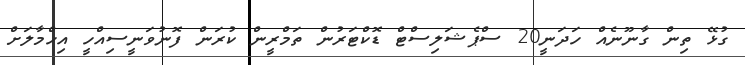
ގުޅޭ ތިން ގާނޫނެއް ހަދަނީ20 ސްޕެޝަލިސްޓް ޑޮކްޓަރުން ތަމްްރީން ކުރަން ފޮނުވަނީސިއްހީ އިހްމާލަށް